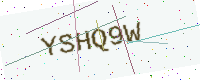
Text: YSHQ9W